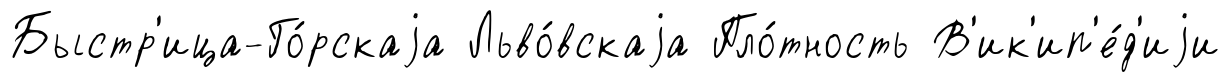
Быстр'ица-Го́рскаjа Льво́вскаjа Пло́тность В'ик'ип'е́д'иjи